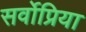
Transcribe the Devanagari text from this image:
सर्वोप्रिया